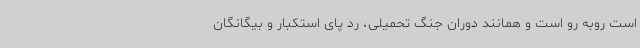
است روبه رو است و همانند دوران جنگ تحمیلی، رد پای استکبار و بیگانگان